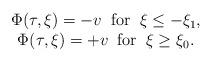
LaTeX: \begin{align*}\begin{array}{c}\Phi(\tau,\xi)=-v \;\;\mbox{for}\;\; \xi\leq-\xi_{1}, \\\Phi(\tau,\xi)=+v \;\;\mbox{for}\;\; \xi\geq\xi_{0}.\end{array}\end{align*}